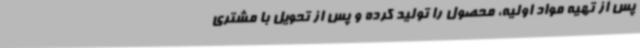
پس از تهیه مواد اولیه، محصول را تولید کرده و پس از تحویل با مشتری